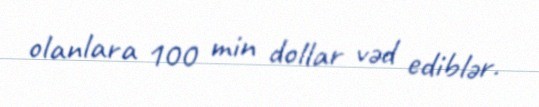
olanlara 100 min dollar vəd ediblər.